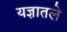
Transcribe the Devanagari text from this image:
यज्ञातले